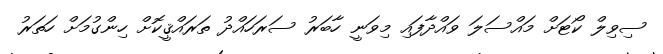
ސިވިލް ކޯޓަށް މައްސަލަ ވައްދާފައި މިވަނީ ހާބަރު ސަރަހައްދު ތަރައްޤީކޮށް ހިންގުމަށް ހަތަރު